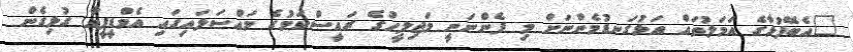
"އެބޭފުޅާގެ އަމަލުތައް އަޅުގަނޑުމެންނަށް މި ފެންނަނީ މަޖިލީހުގެ ރައީސްކަމުގެ މައްސަލައިގައި އެމްޑީޕީއާ ގުޅިގެން